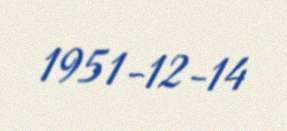
1951-12-14